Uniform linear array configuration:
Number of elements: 64
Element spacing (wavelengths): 0.25
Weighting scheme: blackman
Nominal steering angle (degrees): -60
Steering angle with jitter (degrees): -58.321
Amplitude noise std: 0.05
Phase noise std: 0.05

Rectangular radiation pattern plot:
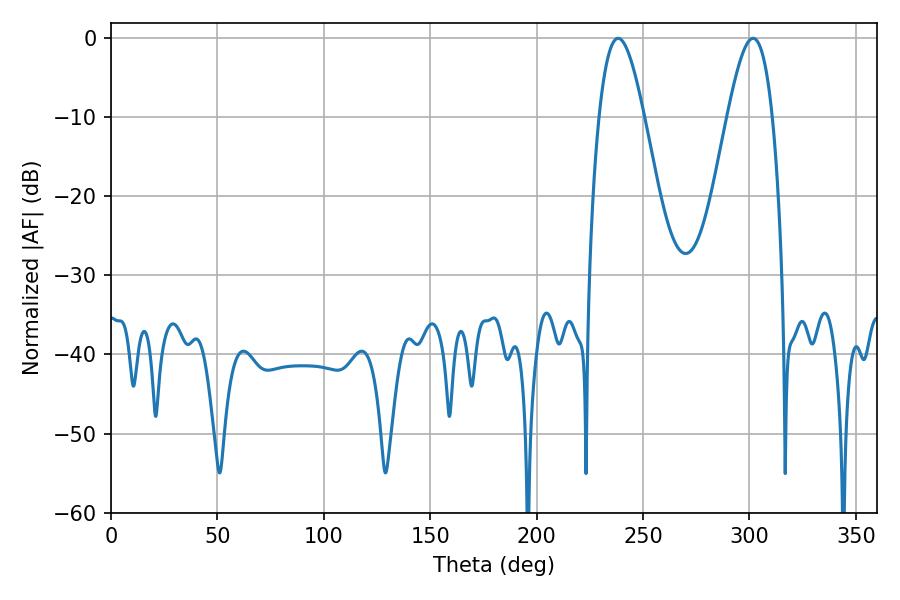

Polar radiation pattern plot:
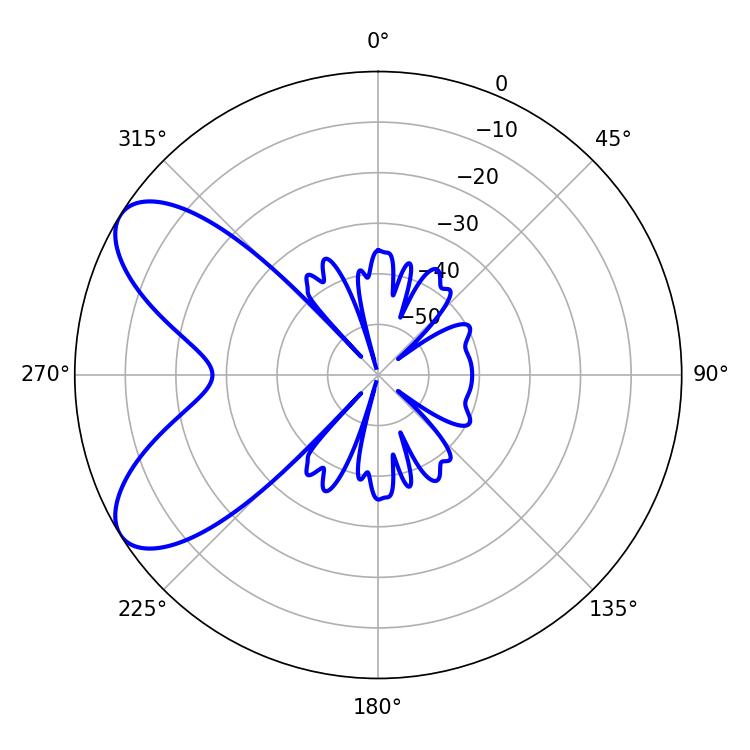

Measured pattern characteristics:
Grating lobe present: FALSE
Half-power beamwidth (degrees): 11.34
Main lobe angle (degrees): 238.32